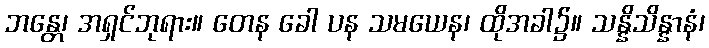
ဘန္တေ၊ အရှင်ဘုရား။ တေန ခေါ ပန သမယေန၊ ထိုအခါ၌။ သန္နိသိန္နာနံ၊